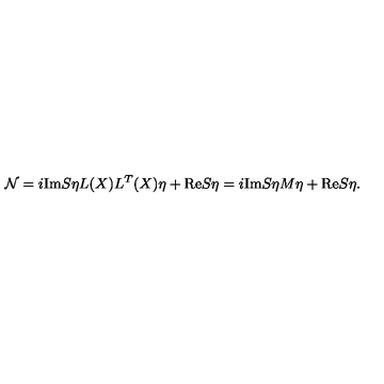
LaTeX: { \cal N } = i \mathrm { I m } S \eta L ( X ) L ^ { T } ( X ) \eta + \mathrm { R e } S \eta = i \mathrm { I m } S \eta M \eta + \mathrm { R e } S \eta .